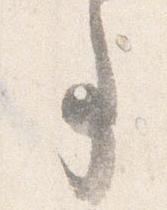
事